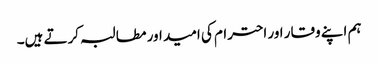
ہم اپنے وقار اور احترام کی امید اور مطالبہ کرتے ہیں۔